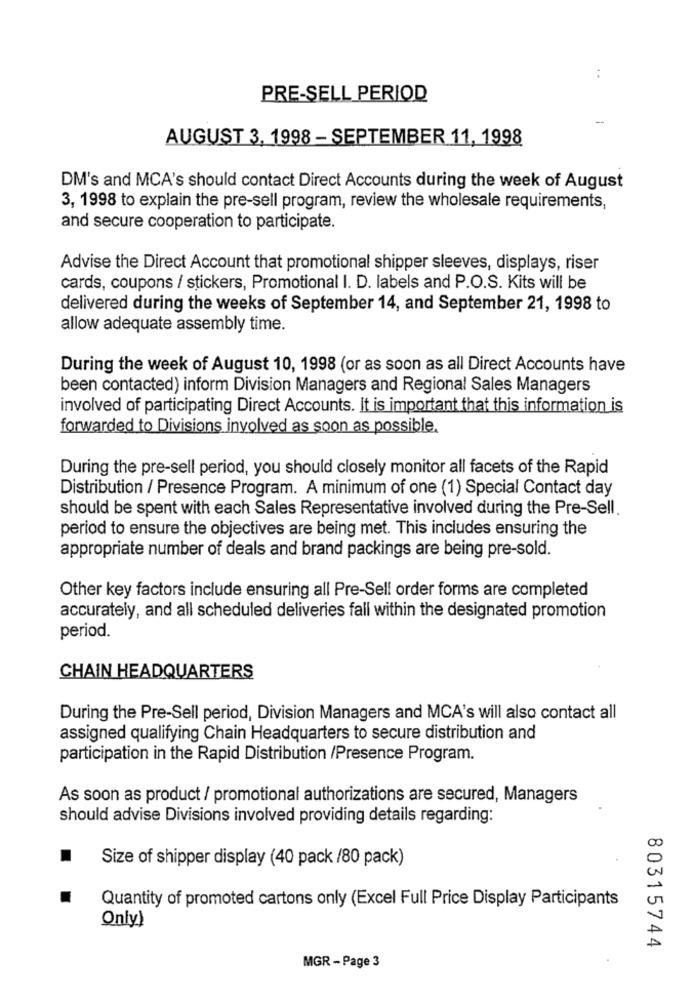
..
PRE-SELL PERIOD
AUGUST 3. 1998 - SEPTEMBER 11, 1998
DM's and MCA's should contact Direct Accounts during the week of August
3, 1998 to explain the pre-sell program, review the wholesale requirements,
and secure cooperation to participate.
Advise the Direct Account that promotional shipper sleeves, displays, riser
cards, coupons / stickers, Promotional I. D. labels and P.O.S. Kits will be
delivered during the weeks of September 14, and September 21, 1998 to
allow adequate assembly time.
During the week of August 10, 1998 (or as soon as all Direct Accounts have
been contacted) inform Division Managers and Regional Sales Managers
involved of participating Direct Accounts. It is important that this information is
forwarded to Divisions involved as soon as possible.
During the pre-sell period, you should closely monitor all facets of the Rapid
Distribution / Presence Program. A minimum of one (1) Special Contact day
should be spent with each Sales Representative involved during the Pre-Sell.
period to ensure the objectives are being met. This includes ensuring the
appropriate number of deals and brand packings are being pre-sold.
Other key factors include ensuring all Pre-Sell order forms are completed
accurately, and all scheduled deliveries fall within the designated promotion
period.
CHAIN HEADQUARTERS
During the Pre-Sell period, Division Managers and MCA's will also contact all
assigned qualifying Chain Headquarters to secure distribution and
participation in the Rapid Distribution /Presence Program.
As soon as product / promotional authorizations are secured, Managers
should advise Divisions involved providing details regarding:
Size of shipper display (40 pack /80 pack)
Quantity of promoted cartons only (Excel Full Price Display Participants
Only)
80315744
MGR - Page 3